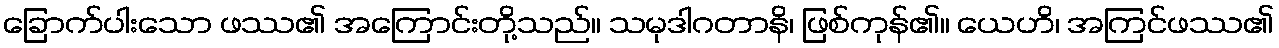
ခြောက်ပါးသော ဖဿ၏ အကြောင်းတို့သည်။ သမုဒါဂတာနိ၊ ဖြစ်ကုန်၏။ ယေဟိ၊ အကြင်ဖဿ၏